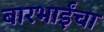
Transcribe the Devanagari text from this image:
बारभाईंचा